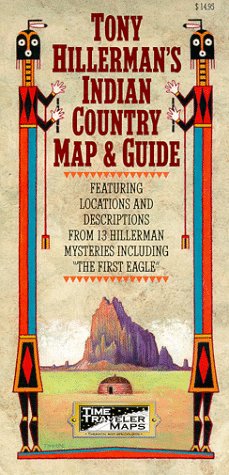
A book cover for Tony Hillerman's Indian Country Map & Guide; Florence C. Lister; Mystery, Thriller & Suspense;